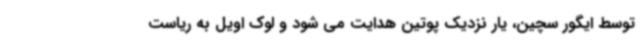
توسط ایگور سچین، یار نزدیک پوتین هدایت می شود و لوک اویل به ریاست